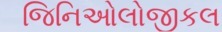
જિનિઓલોજીકલ